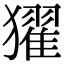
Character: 㺟